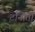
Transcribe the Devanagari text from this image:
टानोतो